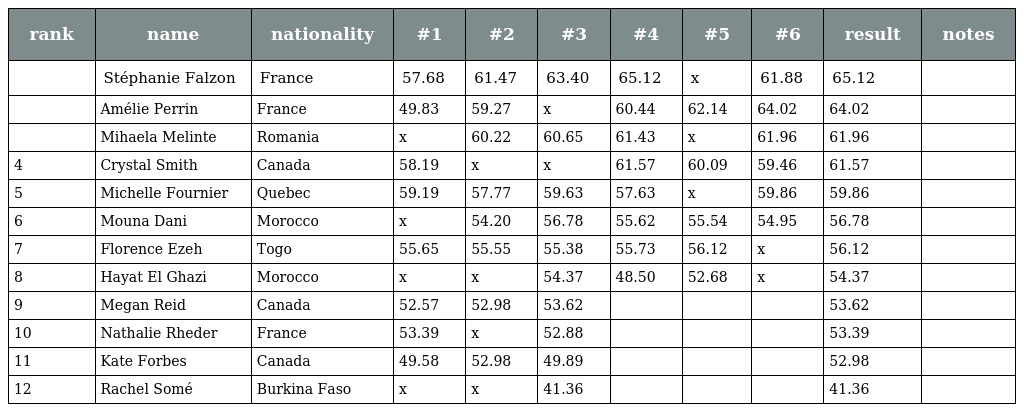
| rank | name | nationality | #1 | #2 | #3 | #4 | #5 | #6 | result | notes |
 | --- | --- | --- | --- | --- | --- | --- | --- | --- | --- | --- |
 |  | Stéphanie Falzon | France | 57.68 | 61.47 | 63.40 | 65.12 | x | 61.88 | 65.12 |  |
 |  | Amélie Perrin | France | 49.83 | 59.27 | x | 60.44 | 62.14 | 64.02 | 64.02 |  |
 |  | Mihaela Melinte | Romania | x | 60.22 | 60.65 | 61.43 | x | 61.96 | 61.96 |  |
 | 4 | Crystal Smith | Canada | 58.19 | x | x | 61.57 | 60.09 | 59.46 | 61.57 |  |
 | 5 | Michelle Fournier | Quebec | 59.19 | 57.77 | 59.63 | 57.63 | x | 59.86 | 59.86 |  |
 | 6 | Mouna Dani | Morocco | x | 54.20 | 56.78 | 55.62 | 55.54 | 54.95 | 56.78 |  |
 | 7 | Florence Ezeh | Togo | 55.65 | 55.55 | 55.38 | 55.73 | 56.12 | x | 56.12 |  |
 | 8 | Hayat El Ghazi | Morocco | x | x | 54.37 | 48.50 | 52.68 | x | 54.37 |  |
 | 9 | Megan Reid | Canada | 52.57 | 52.98 | 53.62 |  |  |  | 53.62 |  |
 | 10 | Nathalie Rheder | France | 53.39 | x | 52.88 |  |  |  | 53.39 |  |
 | 11 | Kate Forbes | Canada | 49.58 | 52.98 | 49.89 |  |  |  | 52.98 |  |
 | 12 | Rachel Somé | Burkina Faso | x | x | 41.36 |  |  |  | 41.36 |  |